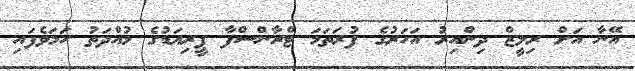
އޭނާ އަށް ރިލީޒް ދިންއިރު އަހަރުގެ ފުރަތަމަ ޓްރާންސްފާ ޕީރިއަޑުގެ މުއްދަތު ހަމަވެފައި